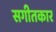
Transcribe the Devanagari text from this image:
सगीतकार